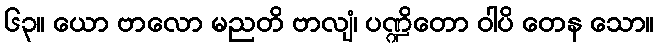
၆၃။ ယော ဗာလော မညတိ ဗာလျံ၊ ပဏ္ဍိတော ဝါပိ တေန သော။